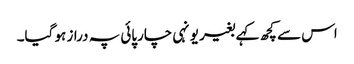
اس سے کچھ کہے بغیر یونہی چارپائی پہ دراز ہو گیا۔